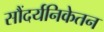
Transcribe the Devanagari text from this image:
सौंदर्यनिकेतन